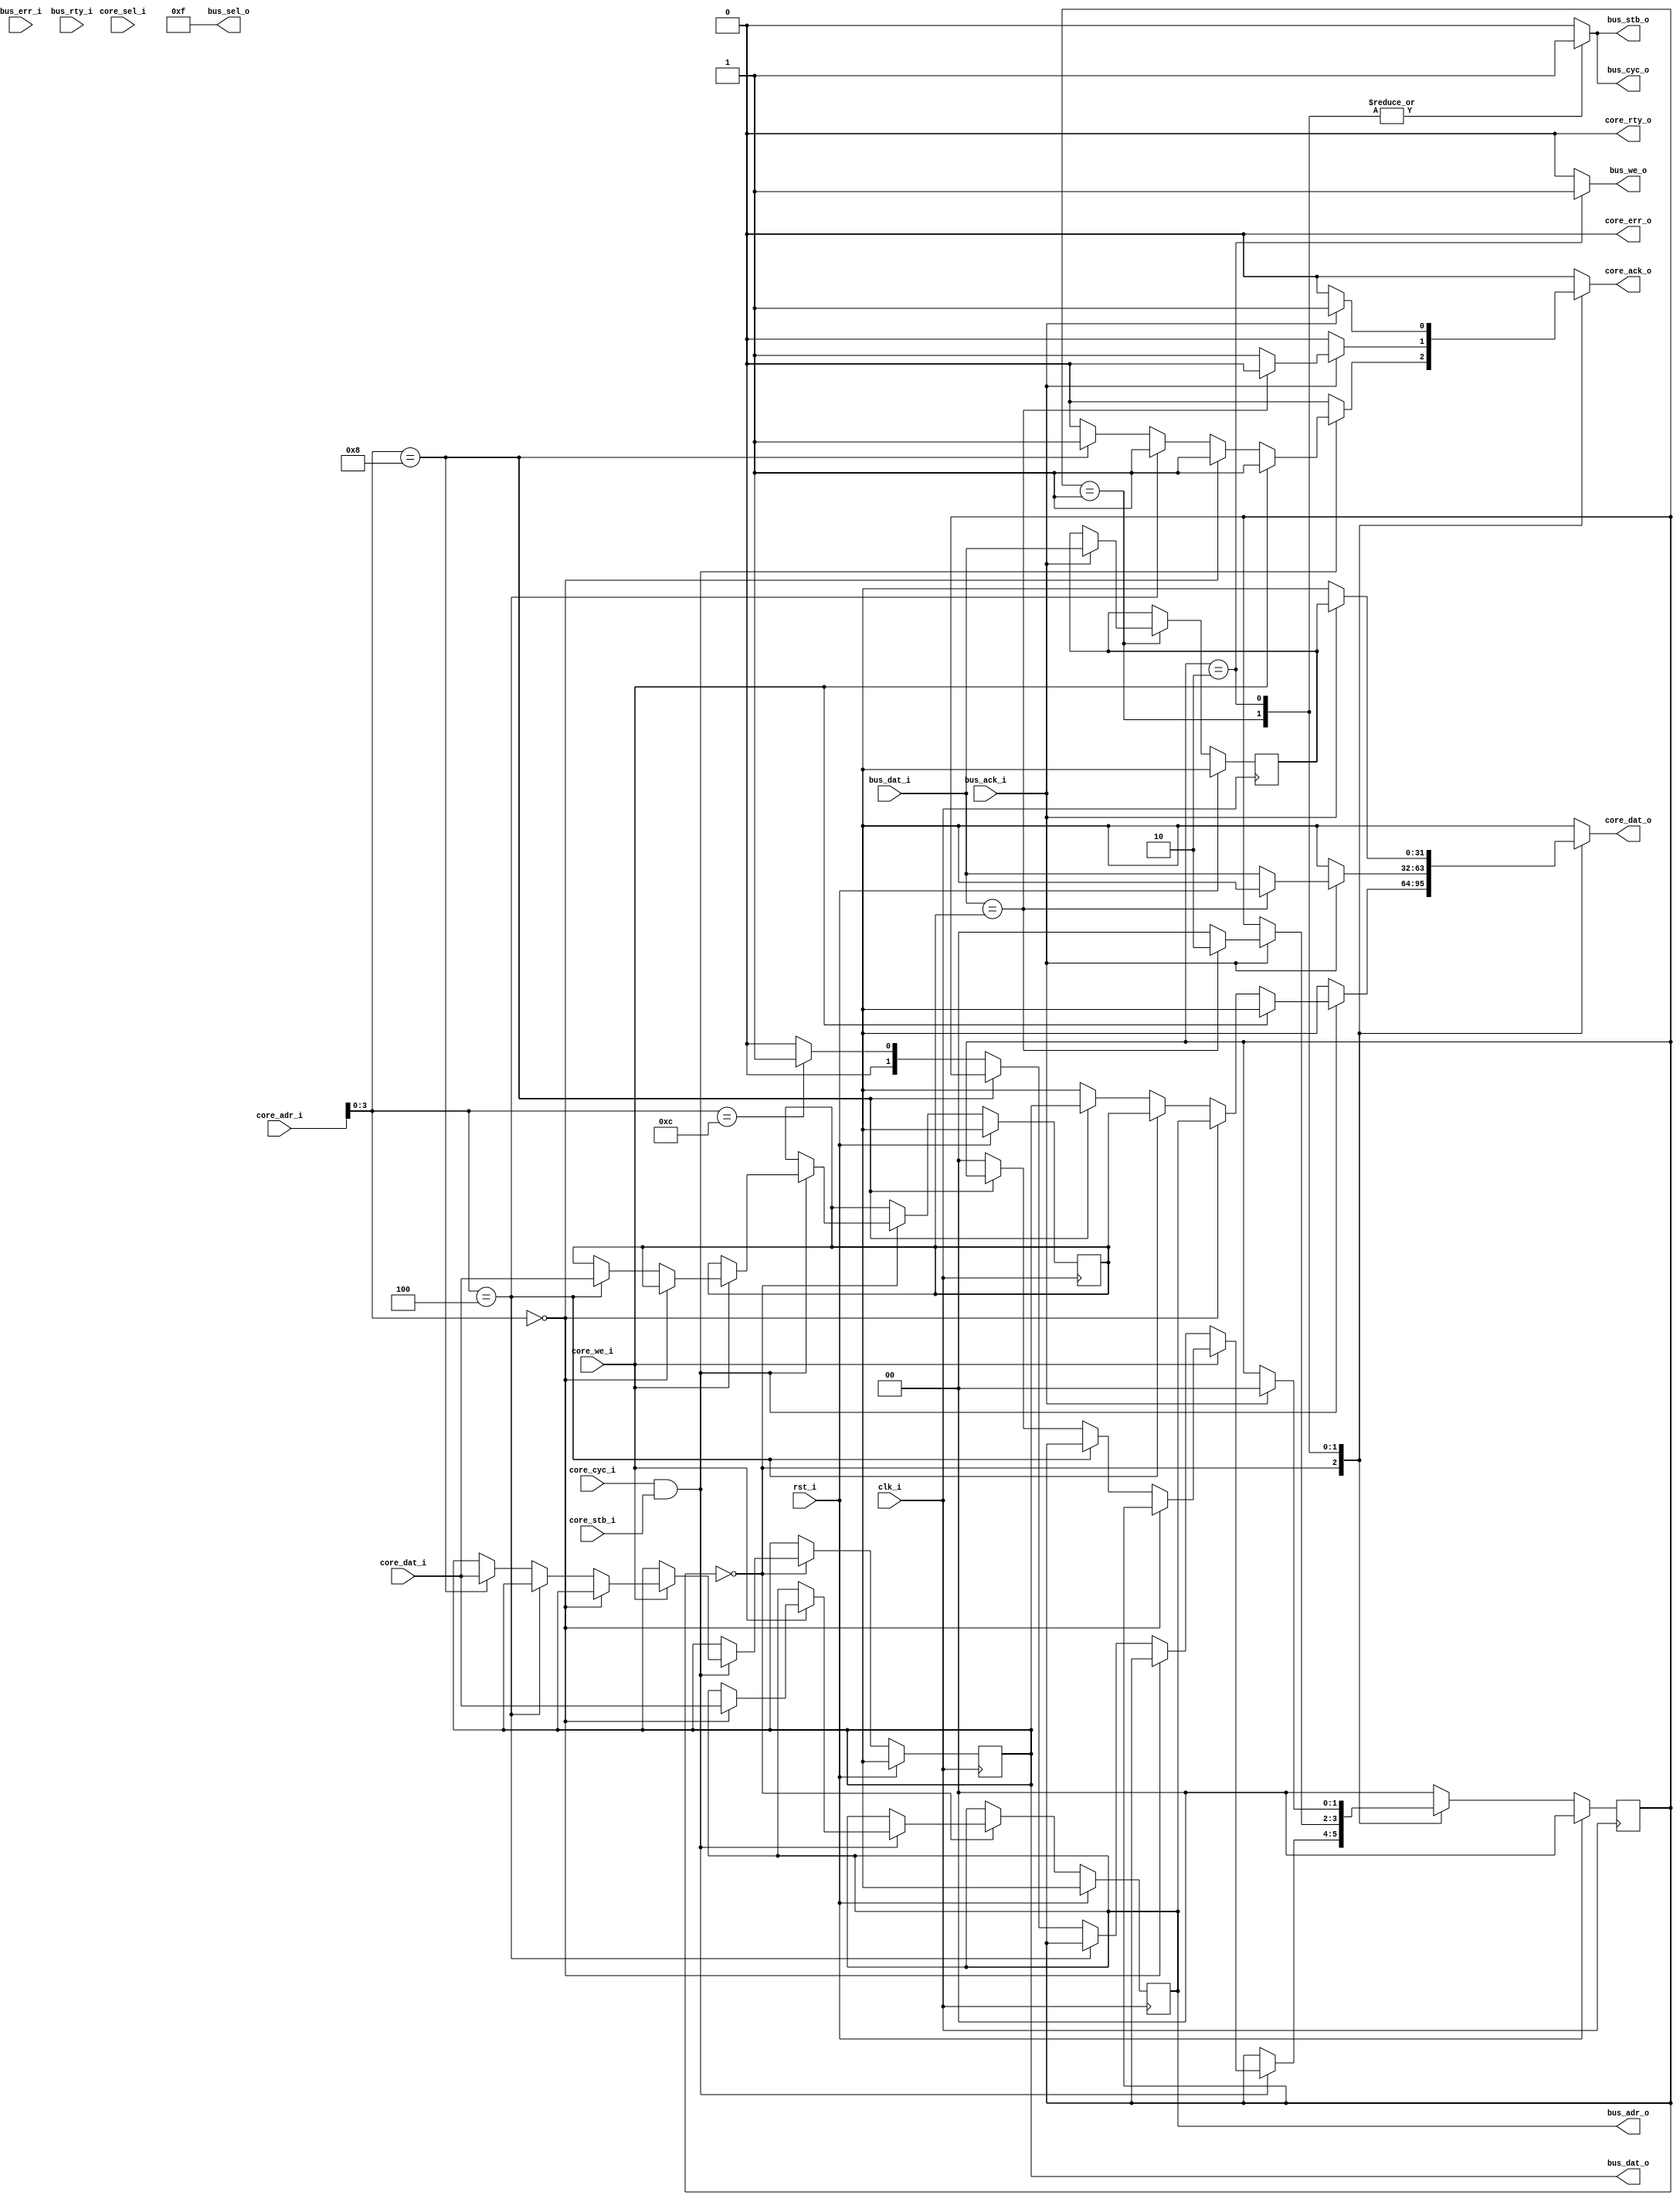
module wb_cas_fsm(/*AUTOARG*/
   // Outputs
   core_dat_o, core_ack_o, core_err_o, core_rty_o, bus_adr_o,
   bus_dat_o, bus_sel_o, bus_we_o, bus_cyc_o, bus_stb_o,
   // Inputs
   clk_i, rst_i, core_adr_i, core_dat_i, core_sel_i, core_we_i,
   core_cyc_i, core_stb_i, bus_ack_i, bus_dat_i, bus_err_i, bus_rty_i
   );

   input             clk_i;
   input             rst_i;
   input [31:0]      core_adr_i;
   input [31:0]      core_dat_i;
   input [3:0]       core_sel_i;
   input             core_we_i;
   input             core_cyc_i;
   input             core_stb_i;
   output reg [31:0] core_dat_o;
   output reg        core_ack_o;
   output            core_err_o;
   output            core_rty_o;
   output [31:0]     bus_adr_o;
   output [31:0]     bus_dat_o;
   output [3:0]      bus_sel_o;
   output reg        bus_we_o;
   output reg        bus_cyc_o;
   output reg        bus_stb_o;
   input             bus_ack_i;
   input [31:0]      bus_dat_i;
   input             bus_err_i;
   input             bus_rty_i;

   localparam STATE_IDLE = 0;
   localparam STATE_COMPARE = 1;
   localparam STATE_SWAP = 2;
   
   reg [1:0]     state;
   reg [1:0]     nxt_state;

   reg [31:0]    address;
   reg [31:0]    nxt_address;
   reg [31:0]    compare;
   reg [31:0]    nxt_compare;
   reg [31:0]    swap;
   reg [31:0]    nxt_swap;
   reg [31:0]    old;
   reg [31:0]    nxt_old;
   
   assign {core_err_o, core_rty_o} = 2'b00;

   assign bus_adr_o = address;
   assign bus_dat_o = swap;
   assign bus_sel_o = 4'hf;
   
   always @(*) begin
      core_ack_o = 1'b0;
      core_dat_o = 32'hx;
      bus_cyc_o = 1'b0;
      bus_stb_o = 1'b0;
      bus_we_o = 1'b0;

      nxt_address = address;
      nxt_compare = compare;
      nxt_swap = swap;
      nxt_old = old;

      nxt_state = state;
      
      case(state)
        STATE_IDLE: begin
           if (core_cyc_i && core_stb_i) begin
              if (core_we_i) begin
                 core_ack_o = 1'b1;
                 if (core_adr_i[3:0] == 4'h0) begin
                    nxt_address = core_dat_i;
                 end else if (core_adr_i[3:0] == 4'h4) begin
                    nxt_compare = core_dat_i;
                 end else if (core_adr_i[3:0] == 4'h8) begin
                    nxt_swap = core_dat_i;
                 end else begin
                    nxt_state = STATE_IDLE;
                 end
              end else begin // if (core_we_i)
                 if (core_adr_i[3:0] == 4'h0) begin
                    core_ack_o = 1'b1;
                    core_dat_o = address;
                 end else if (core_adr_i[3:0] == 4'h4) begin
                    core_ack_o = 1'b1;
                    core_dat_o = compare;
                 end else if (core_adr_i[3:0] == 4'h8) begin
                    core_ack_o = 1'b1;
                    core_dat_o = swap;
                 end else if (core_adr_i[3:0] == 4'hc) begin
                    nxt_state = STATE_COMPARE;
                 end else begin
                    nxt_state = STATE_IDLE;
                 end
              end
           end
        end // case: STATE_IDLE
        STATE_COMPARE: begin
           bus_cyc_o = 1'b1;
           bus_stb_o = 1'b1;
           bus_we_o = 1'b0;
           if (bus_ack_i) begin
              nxt_old = bus_dat_i;
              if (bus_dat_i == compare) begin
                 nxt_state = STATE_SWAP;
              end else begin
                 core_ack_o = 1'b1;
                 core_dat_o = bus_dat_i;
                 nxt_state = STATE_IDLE;
              end
           end
        end // case: STATE_COMPARE
        STATE_SWAP: begin
           bus_cyc_o = 1'b1;
           bus_stb_o = 1'b1;
           bus_we_o = 1'b1;
           if (bus_ack_i) begin
              nxt_state = STATE_IDLE;
              core_ack_o = 1'b1;
              core_dat_o = old;
           end
        end
        default: begin
           nxt_state = STATE_IDLE;
        end
      endcase
   end 
   
   always @(posedge clk_i) begin
      if (rst_i) begin
         state <= STATE_IDLE;
         address <= 32'hx;
         compare <= 32'hx;
         swap <= 32'hx;
         old <= 32'hx;
      end else begin
         state <= nxt_state;
         address <= nxt_address;
         compare <= nxt_compare;
         swap <= nxt_swap;
         old <= nxt_old;
      end
   end

endmodule